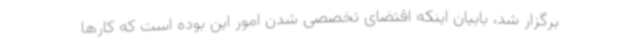
برگزار شد، بابیان اینکه اقتضای تخصصی شدن امور این بوده است که کارها